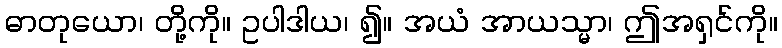
ဓာတုယော၊ တို့ကို။ ဥပါဒါယ၊ ၍။ အယံ အာယသ္မာ၊ ဤအရှင်ကို။